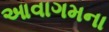
આવાગમના